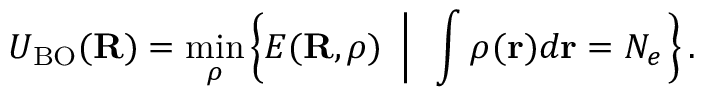
U _ { \mathrm { B O } } ( { \bf R } ) = \operatorname* { m i n } _ { \rho } \left\{ E ( { \bf R } , \rho ) ~ \left\vert ~ \ \int \rho _ { } ( { \bf r } ) d { \bf r } = N _ { e } \right. \right\} .